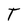
Character: T